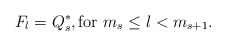
\begin{align*}F_{l}=Q_{s}^{*},\mbox{for }m_{s}\leq l<m_{s+1}. \end{align*}